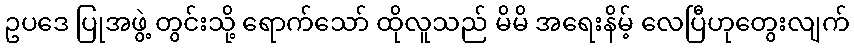
ဥပဒေ ပြုအဖွဲ့ တွင်းသို့ ရောက်သော် ထိုလူသည် မိမိ အရေးနိမ့် လေပြီဟုတွေးလျက်